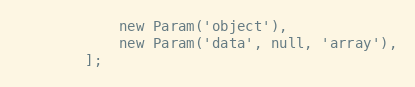
Language: PHP
            new Param('object'),
            new Param('data', null, 'array'),
        ];